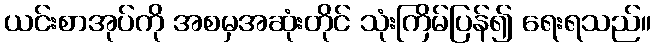
ယင်းစာအုပ်ကို အစမှအဆုံးတိုင် သုံးကြိမ်ပြန်၍ ရေးရသည်။